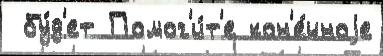
 бу́д'ет Помог'и́т'е кон'е́чноjе